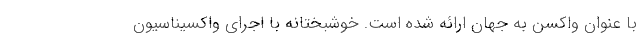
با عنوان واکسن به جهان ارائه شده است. خوشبختانه با اجرای واکسیناسیون